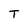
Character: T